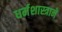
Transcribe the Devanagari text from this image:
धर्मशास्त्राने